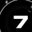
Digit: 7